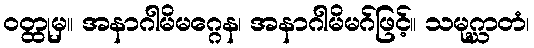
ဝတ္ထုမှ။ အနာဂါမိမဂ္ဂေန၊ အနာဂါမိမဂ်ဖြင့်။ သမုဂ္ဃာတံ၊